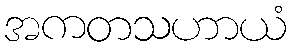
အကတသဟာယံ